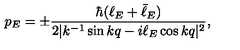
p _ { E } = \pm { \frac { \hbar ( \ell _ { E } + \bar { \ell } _ { E } ) } { 2 | k ^ { - 1 } \sin k q - i \ell _ { E } \cos k q | ^ { 2 } } } ,